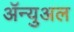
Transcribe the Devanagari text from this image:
ॲन्युअल